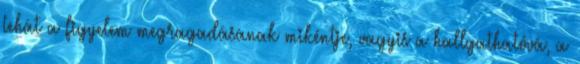
tehát a figyelem megragadásának mikéntje, vagyis a hallgathatóvá, a